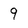
Character: 9